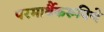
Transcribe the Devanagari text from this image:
परमार्थैकरूपिणे